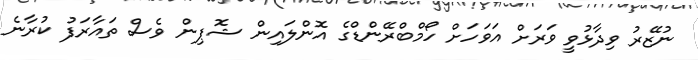
ނުޒޭރު ވިދާޅުވީ ވަރަށް އަވަހަށް ހޯމްބްރޭންޑްގެ އޮންލައިން ޝޮޕިން ވެސް ތައާރަފު ކުރާނެ